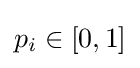
p_{i}\in [0,1]